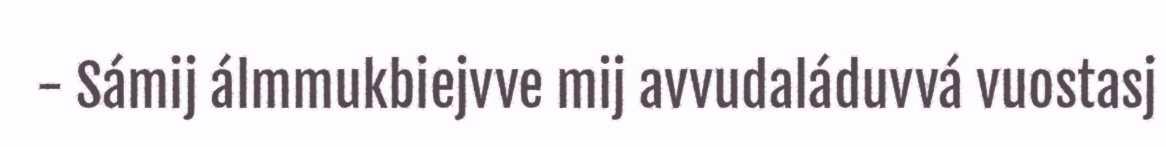
- Sámij álmmukbiejvve mij avvudaláduvvá vuostasj